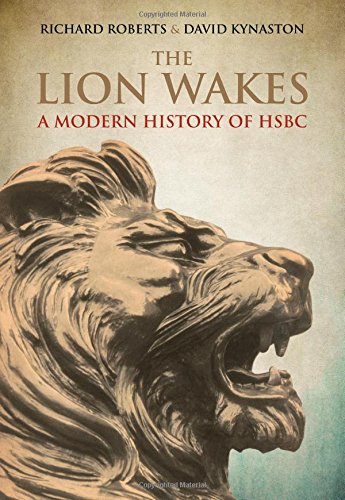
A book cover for The Lion Wakes: A Modern History of HSBC; David Kynaston; Business & Money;